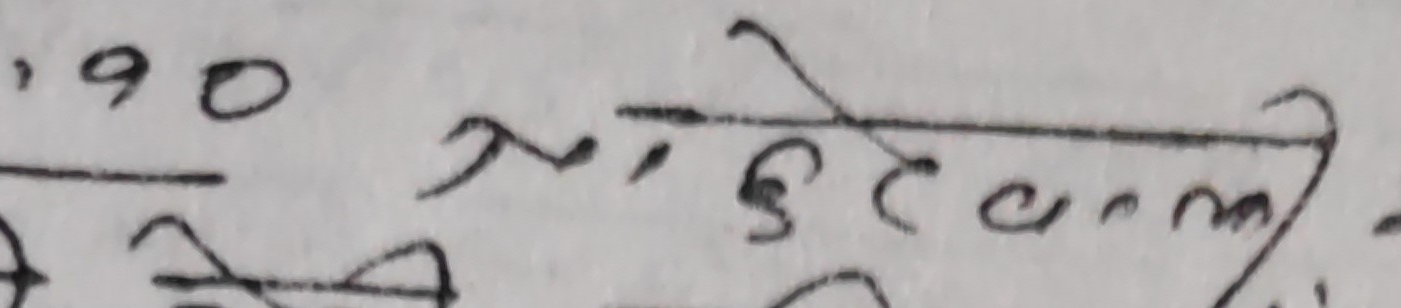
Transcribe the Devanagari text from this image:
,90 नंड़ेणं